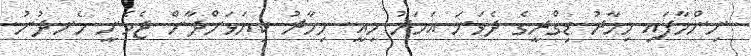
ނިންމާފައި މިިހާރު ޑިގްރީގެ ދެވަނަ އަހަރު މިއީ. މިހާރު ކިޔަވަންދާން ޖެހެނީ ހެނދުނު.